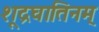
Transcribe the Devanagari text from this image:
शूद्रघातिनम्